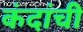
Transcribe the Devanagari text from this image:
कंदांची